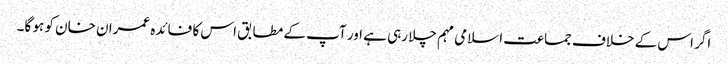
اگر اس کے خلاف جماعت اسلامی مہم چلا رہی ہے اور آپ کے مطابق اس کا فائدہ عمران خان کو ہو گا۔